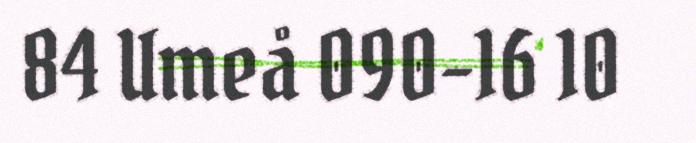
84 Umeå 090-16 10